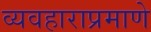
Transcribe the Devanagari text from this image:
व्यवहाराप्रमाणे